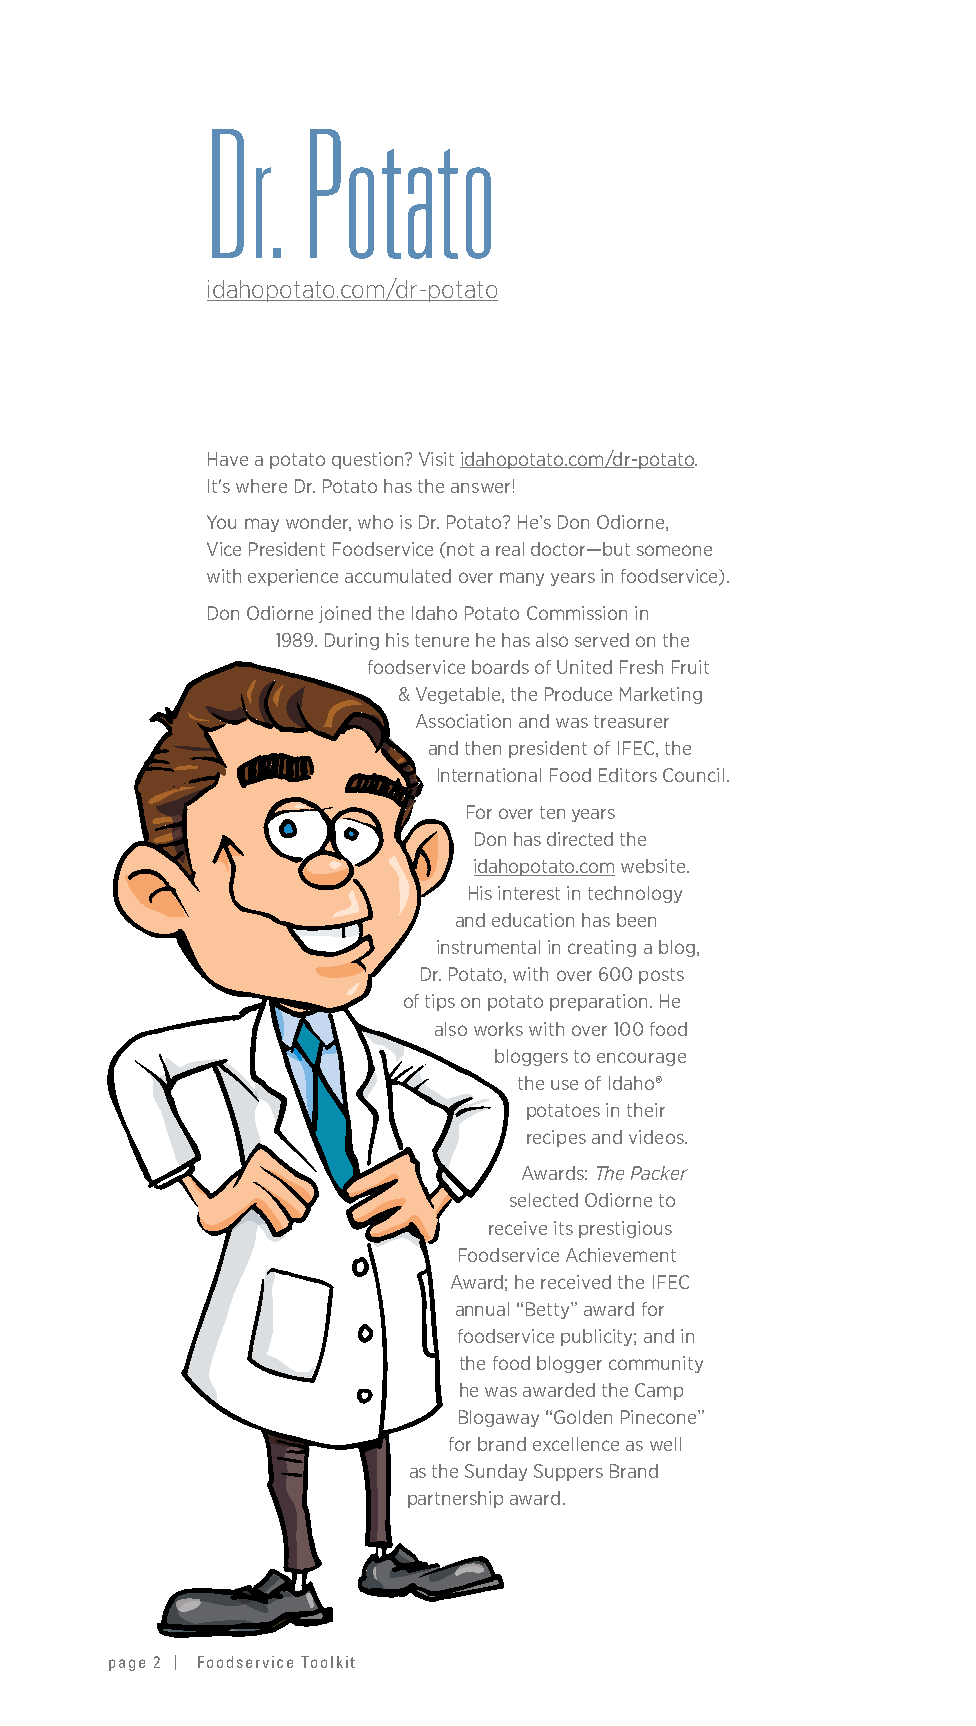
Dr.   Potato
 idahopotato.com/dr-potato
 Have a potato question? Visit idahopotato.com/dr-potato.
 It's where Dr. Potato has the answer!
 You may wonder, who is Dr. Potato? He’s Don Odiorne,
 Vice President Foodservice (not a real doctor—but someone
 with experience accumulated over many years in foodservice).
 Don Odiorne joined the Idaho Potato Commission in
 1989. During his tenure he has also served on the
 foodservice boards of United Fresh Fruit
 & Vegetable, the Produce Marketing
 Association and was treasurer
 and then president of IFEC, the
 International Food Editors Council.
 For over ten years
 Don has directed the
 idahopotato.com website.
 His interest in technology
 and education has been
 instrumental in creating a blog,
 Dr. Potato, with over 600 posts
 of tips on potato preparation. He
 also works with over 100 food
 bloggers to encourage
 the use of Idaho®
 potatoes in their
 recipes and videos.
 Awards: The Packer
 selected Odiorne to
 receive its prestigious
 Foodservice Achievement
 Award; he received the IFEC
 annual “Betty” award for
 foodservice publicity; and in
 the food blogger community
 he was awarded the Camp
 Blogaway “Golden Pinecone”
 for brand excellence as well
 as the Sunday Suppers Brand
 partnership award.
 page 2 | Foodservice Toolkit